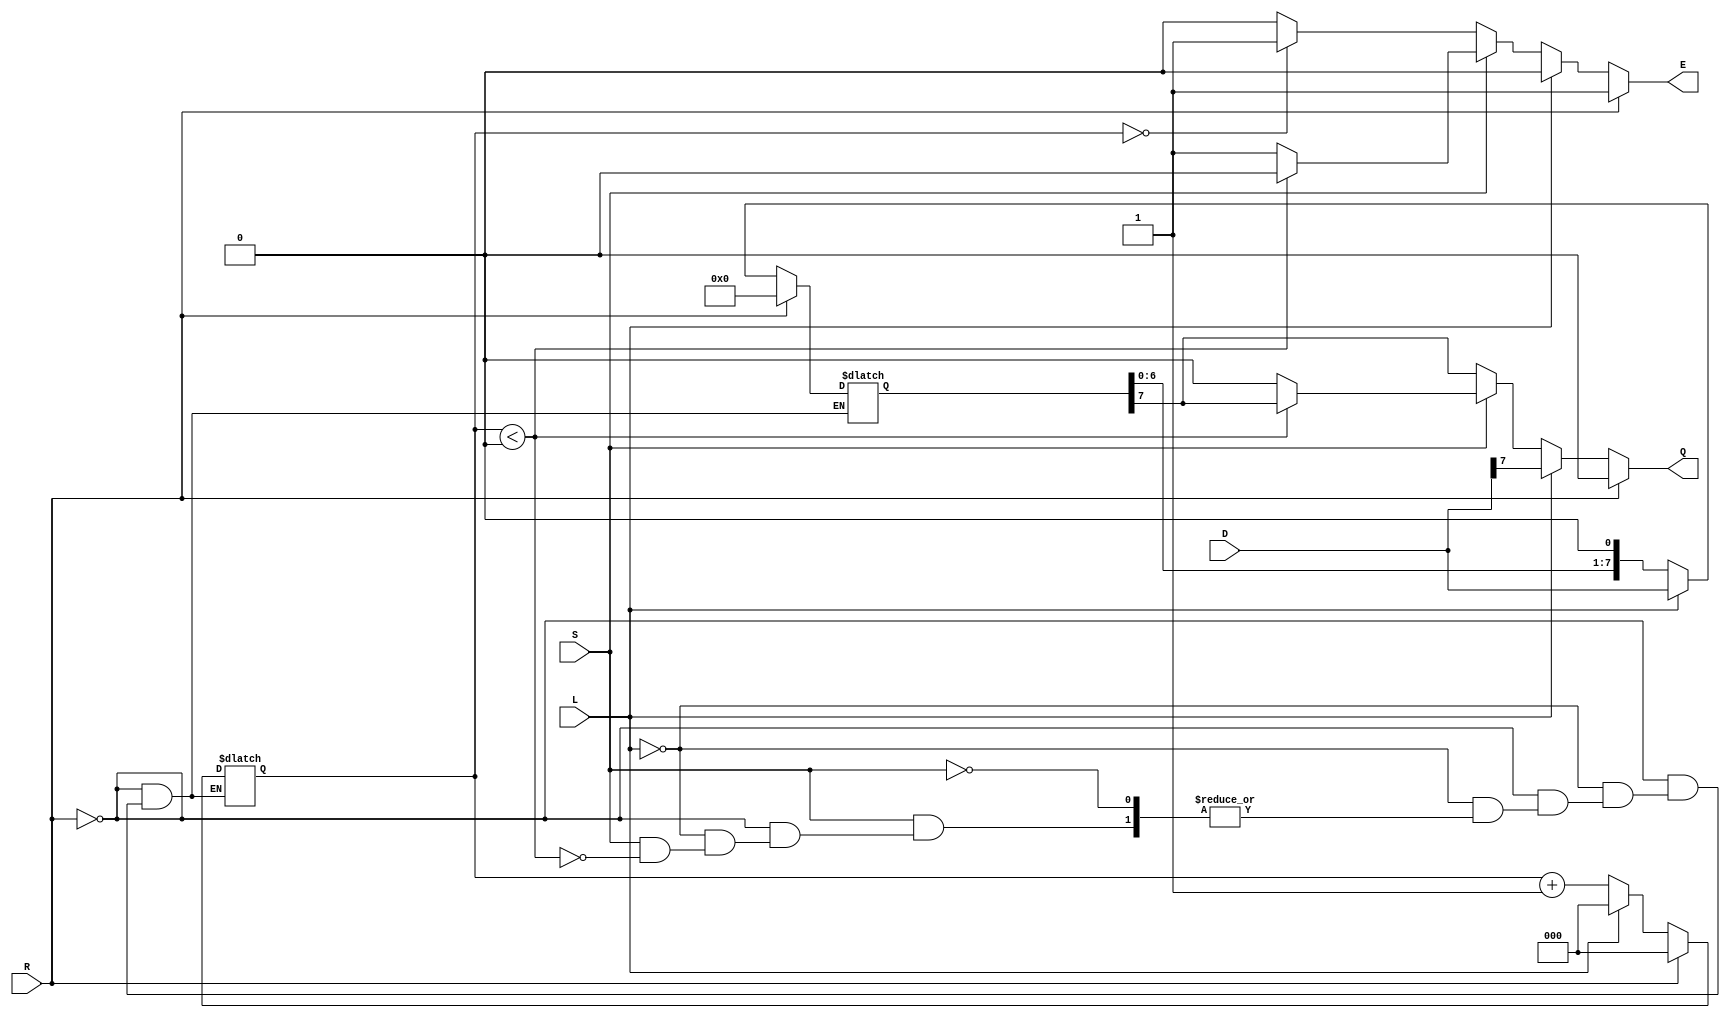
module PISO_Register (
    input wire [7:0] D,      // Parallel Data Input
    input wire L,            // Load Control Signal
    input wire S,            // Shift Control Signal
    input wire R,            // Asynchronous Reset Signal
    output reg Q,            // Serial Output
    output reg E             // Empty Flag
);

    reg [7:0] SR;            // Shift Register
    reg [2:0] CNT;           // Counter for bits shifted out

    // Asynchronous Reset
    always @* begin
        if (R) begin
            SR = 8'b0;       // Clear the shift register
            CNT = 3'b0;      // Reset the counter
            Q = 1'b0;        // Clear the serial output
            E = 1'b1;        // Register is empty
        end
        else begin
            // Load Data
            if (L) begin
                SR = D;      // Load data into the shift register
                CNT = 3'b0;  // Reset the counter
                Q = SR[7];   // Output the MSB
                E = 1'b0;    // Register is not empty
            end
            // Shift Data
            else if (S) begin
                if (CNT < 3'd8) begin
                    Q = SR[7];           // Output the MSB
                    SR = {SR[6:0], 1'b0}; // Shift right
                    CNT = CNT + 1;      // Increment counter
                    E = 1'b0;            // Register is not empty
                end
                else begin
                    Q = 1'b0;            // No more bits to shift
                    E = 1'b1;            // Register is empty
                end
            end
            else begin
                // Hold current state if neither Load nor Shift is active
                Q = SR[7];               // Output the MSB
                E = (CNT == 3'd8) ? 1'b1 : 1'b0; // Update empty flag
            end
        end
    end

endmodule